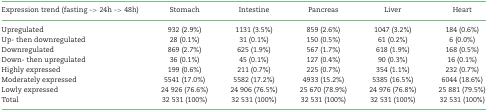
| Expression trend (fasting -> 24h -> 48h) | Stomach | Intestine | Pancreas | Liver | Heart |
 | --- | --- | --- | --- | --- | --- |
 | Upregulated | 932 (2.9%) | 1131 (3.5%) | 859 (2.6%) | 1047 (3.2%) | 184 (0.6%) |
 | Up- then downregulated | 28 (0.1%) | 31 (0.1%) | 150 (0.5%) | 61 (0.2%) | 6 (0.0%) |
 | Downregulated | 869 (2.7%) | 625 (1.9%) | 567 (1.7%) | 618 (1.9%) | 168 (0.5%) |
 | Down- then upregulated | 36 (0.1%) | 45 (0.1%) | 127 (0.4%) | 90 (0.3%) | 16 (0.1%) |
 | Highly expressed | 199 (0.6%) | 211 (0.7%) | 225 (0.7%) | 354 (1.1%) | 232 (0.7%) |
 | Moderately expressed | 5541 (17.0%) | 5582 (17.2%) | 4933 (15.2%) | 5385 (16.5%) | 6044 (18.6%) |
 | Lowly expressed | 24 926 (76.6%) | 24 906 (76.5%) | 25 670 (78.9%) | 24 976 (76.8%) | 25 881 (79.5%) |
 | Total | 32 531 (100%) | 32 531 (100%) | 32 531 (100%) | 32 531 (100%) | 32 531 (100%) |